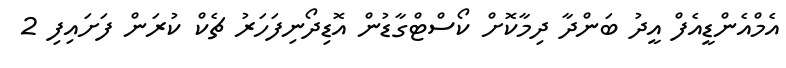
އެމްއެންޑީއެފް އީދު ބަންދާ ދިމާކޮށް ކޯސްޓްގާޑުން އޮޑިދޯނިފަހަރު ޗެކް ކުރަން ފަށައިފި 2